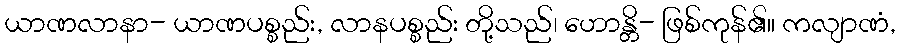
ယာဏလာနာ- ယာဏပစ္စည်း, လာနပစ္စည်း တို့သည်၊ ဟောန္တိ- ဖြစ်ကုန်၏။ ကလျာဏံ,